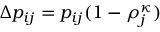
\Delta p _ { i j } = p _ { i j } ( 1 - \rho _ { j } ^ { \kappa } )